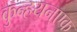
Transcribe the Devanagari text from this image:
कुन्हयन्एक